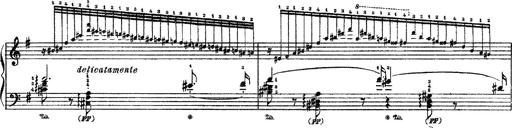
Title: 3 sonetti di Petrarca
Composer: Franz Liszt